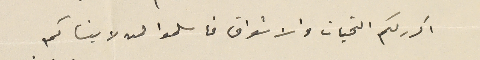
اكرر لكم التحيات والاشواق فاسلموا لمن لا ينساكم